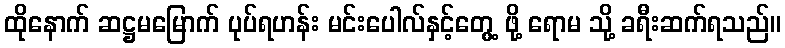
ထိုနောက် ဆဋ္ဌမမြောက် ပုပ်ရဟန်း မင်းပေါလ်နှင့်တွေ့ ဖို့ ရောမ သို့ ခရီးဆက်ရသည်။